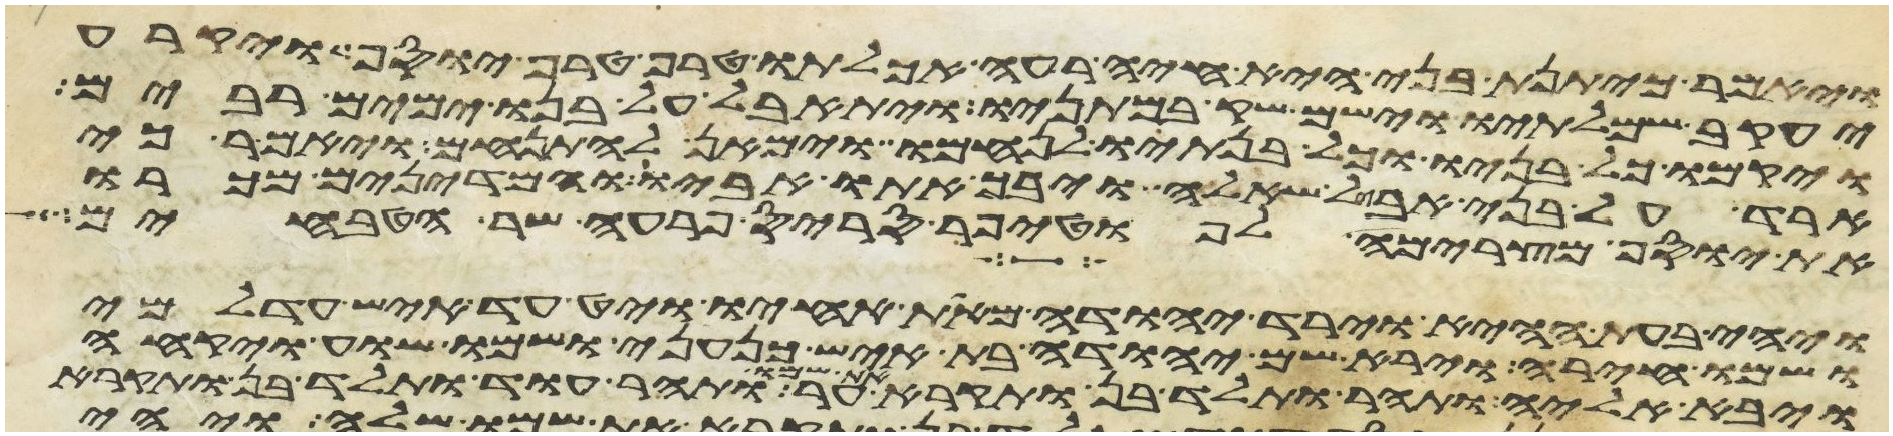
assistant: ויאמר כיתנת בני היא חיה רעה אכלתו טרף טרף יוסף ויקרע
יעקב שמלתיו וישם שק במתניו ויתאבל על בנו ימים רבים
ויקמו כל בניו וכל בנתיו לנחמו וימאן להתנחם ויאמר כי
ארד על בני אבל שאלה ויבך אתו אביו והמדינים מכרו
את יוסף מצרימה לפוטיפר סריס פרעה שר הטבחים
ויהי בעת ההיא וירד יהודה מאת אחיו ויט עד איש עדלמי
ושמו חירה וירא שם יהודה בת איש כנעני ושמו שוע ויקחה
ויבא אליה ותהר ותלד בן ותקרא את שמו ער ותהר עוד ותלד בן ותקרא